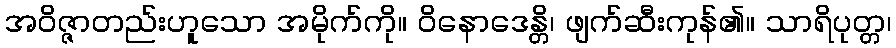
အဝိဇ္ဇာတည်းဟူသော အမိုက်ကို။ ဝိနောဒေန္တိ၊ ဖျက်ဆီးကုန်၏။ သာရိပုတ္တ၊